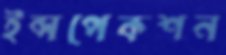
ইন্সপেকশন